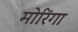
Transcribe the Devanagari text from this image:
मोरिंगा